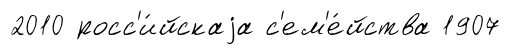
2010 росс'и́йскаjа с'ем'е́йства 1907